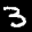
Label: 3